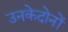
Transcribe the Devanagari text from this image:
उनकेदोनों